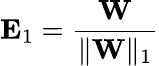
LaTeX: \textbf{E}_{1}=\frac{\textbf{W}}{\Vert\textbf{W}\Vert_{1}}